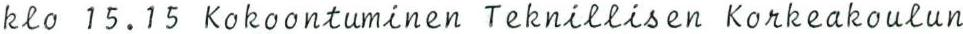
klo 15.15 Kokoontuminen Teknillisen Korkeakoulun